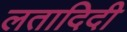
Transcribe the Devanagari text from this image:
लतादिदी